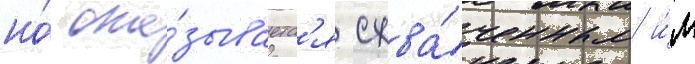
но́ ока́зываетс'я схва́ченным и́м